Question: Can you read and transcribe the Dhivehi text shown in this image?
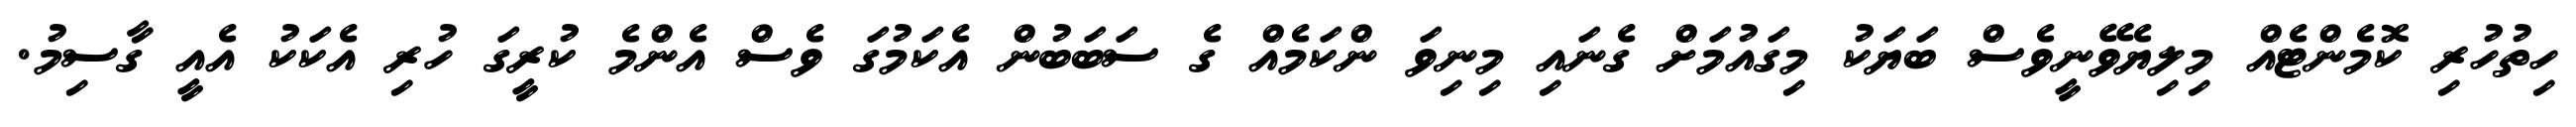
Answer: ހިތުހުރި ކޮމެންޓެއް މިލިޔެވޭނީވެސް ބަޔަކު މިގައުމަށް ގެނައި މިނިވަ ންކަމެއް ގެ ސަބަބުން އެކަމުގަ ވެސް އެންމެ ކުރީގަ ހުރި އެކަކު އެއީ ގާސިމު.